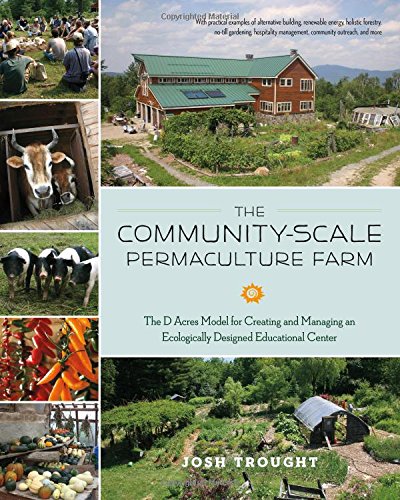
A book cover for The Community-Scale Permaculture Farm: The D Acres Model for Creating and Managing an Ecologically Designed Educational Center; Josh Trought; Arts & Photography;